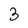
Character: 3